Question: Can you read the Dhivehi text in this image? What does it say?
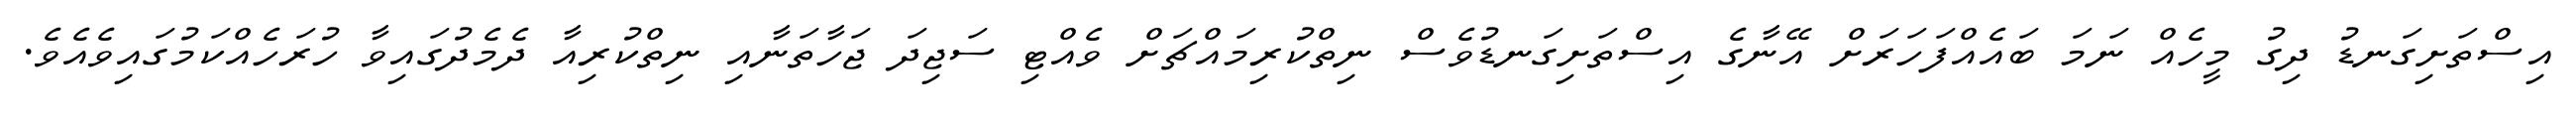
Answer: އިސްތަށިގަނޑު ދިގު މީހެއް ނަމަ ބައެއްފަހަރަށް އޭނާގެ އިސްތަށިގަނޑުވެސް ނިތްކުރިމައްޗަށް ވެއްޓި ސަޖިދަ ޖަހާތަނާއި ނިތްކުރިއާ ދެމެދުގައިވާ ހުރަހެއްކަމުގައިވެއެވެ.